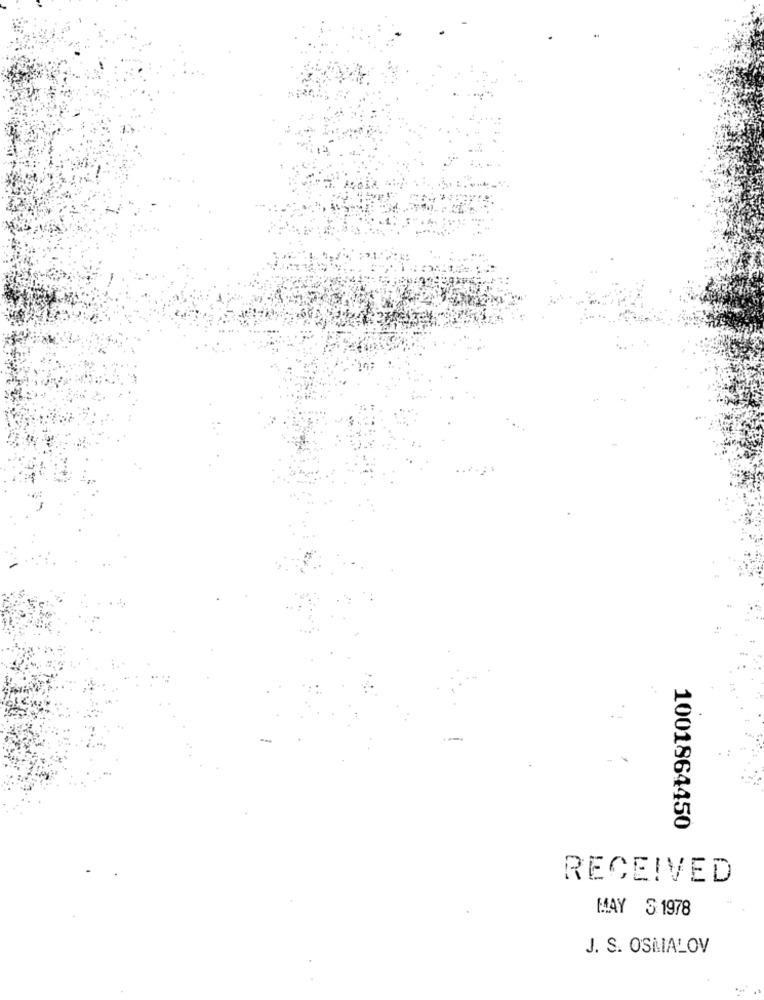
1001864450
RECEIVED
MAY 3 1978
J. S. OSMALOV